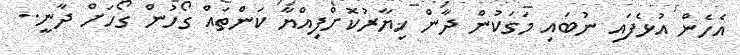
އެހެން އުޅެފައި ނުބައި މަގަކުން ދާން ޚިޔާރުކޮށްފިއްޔާ ކަންތައް ގޯހުން ގޯހަށް ދާނީ..